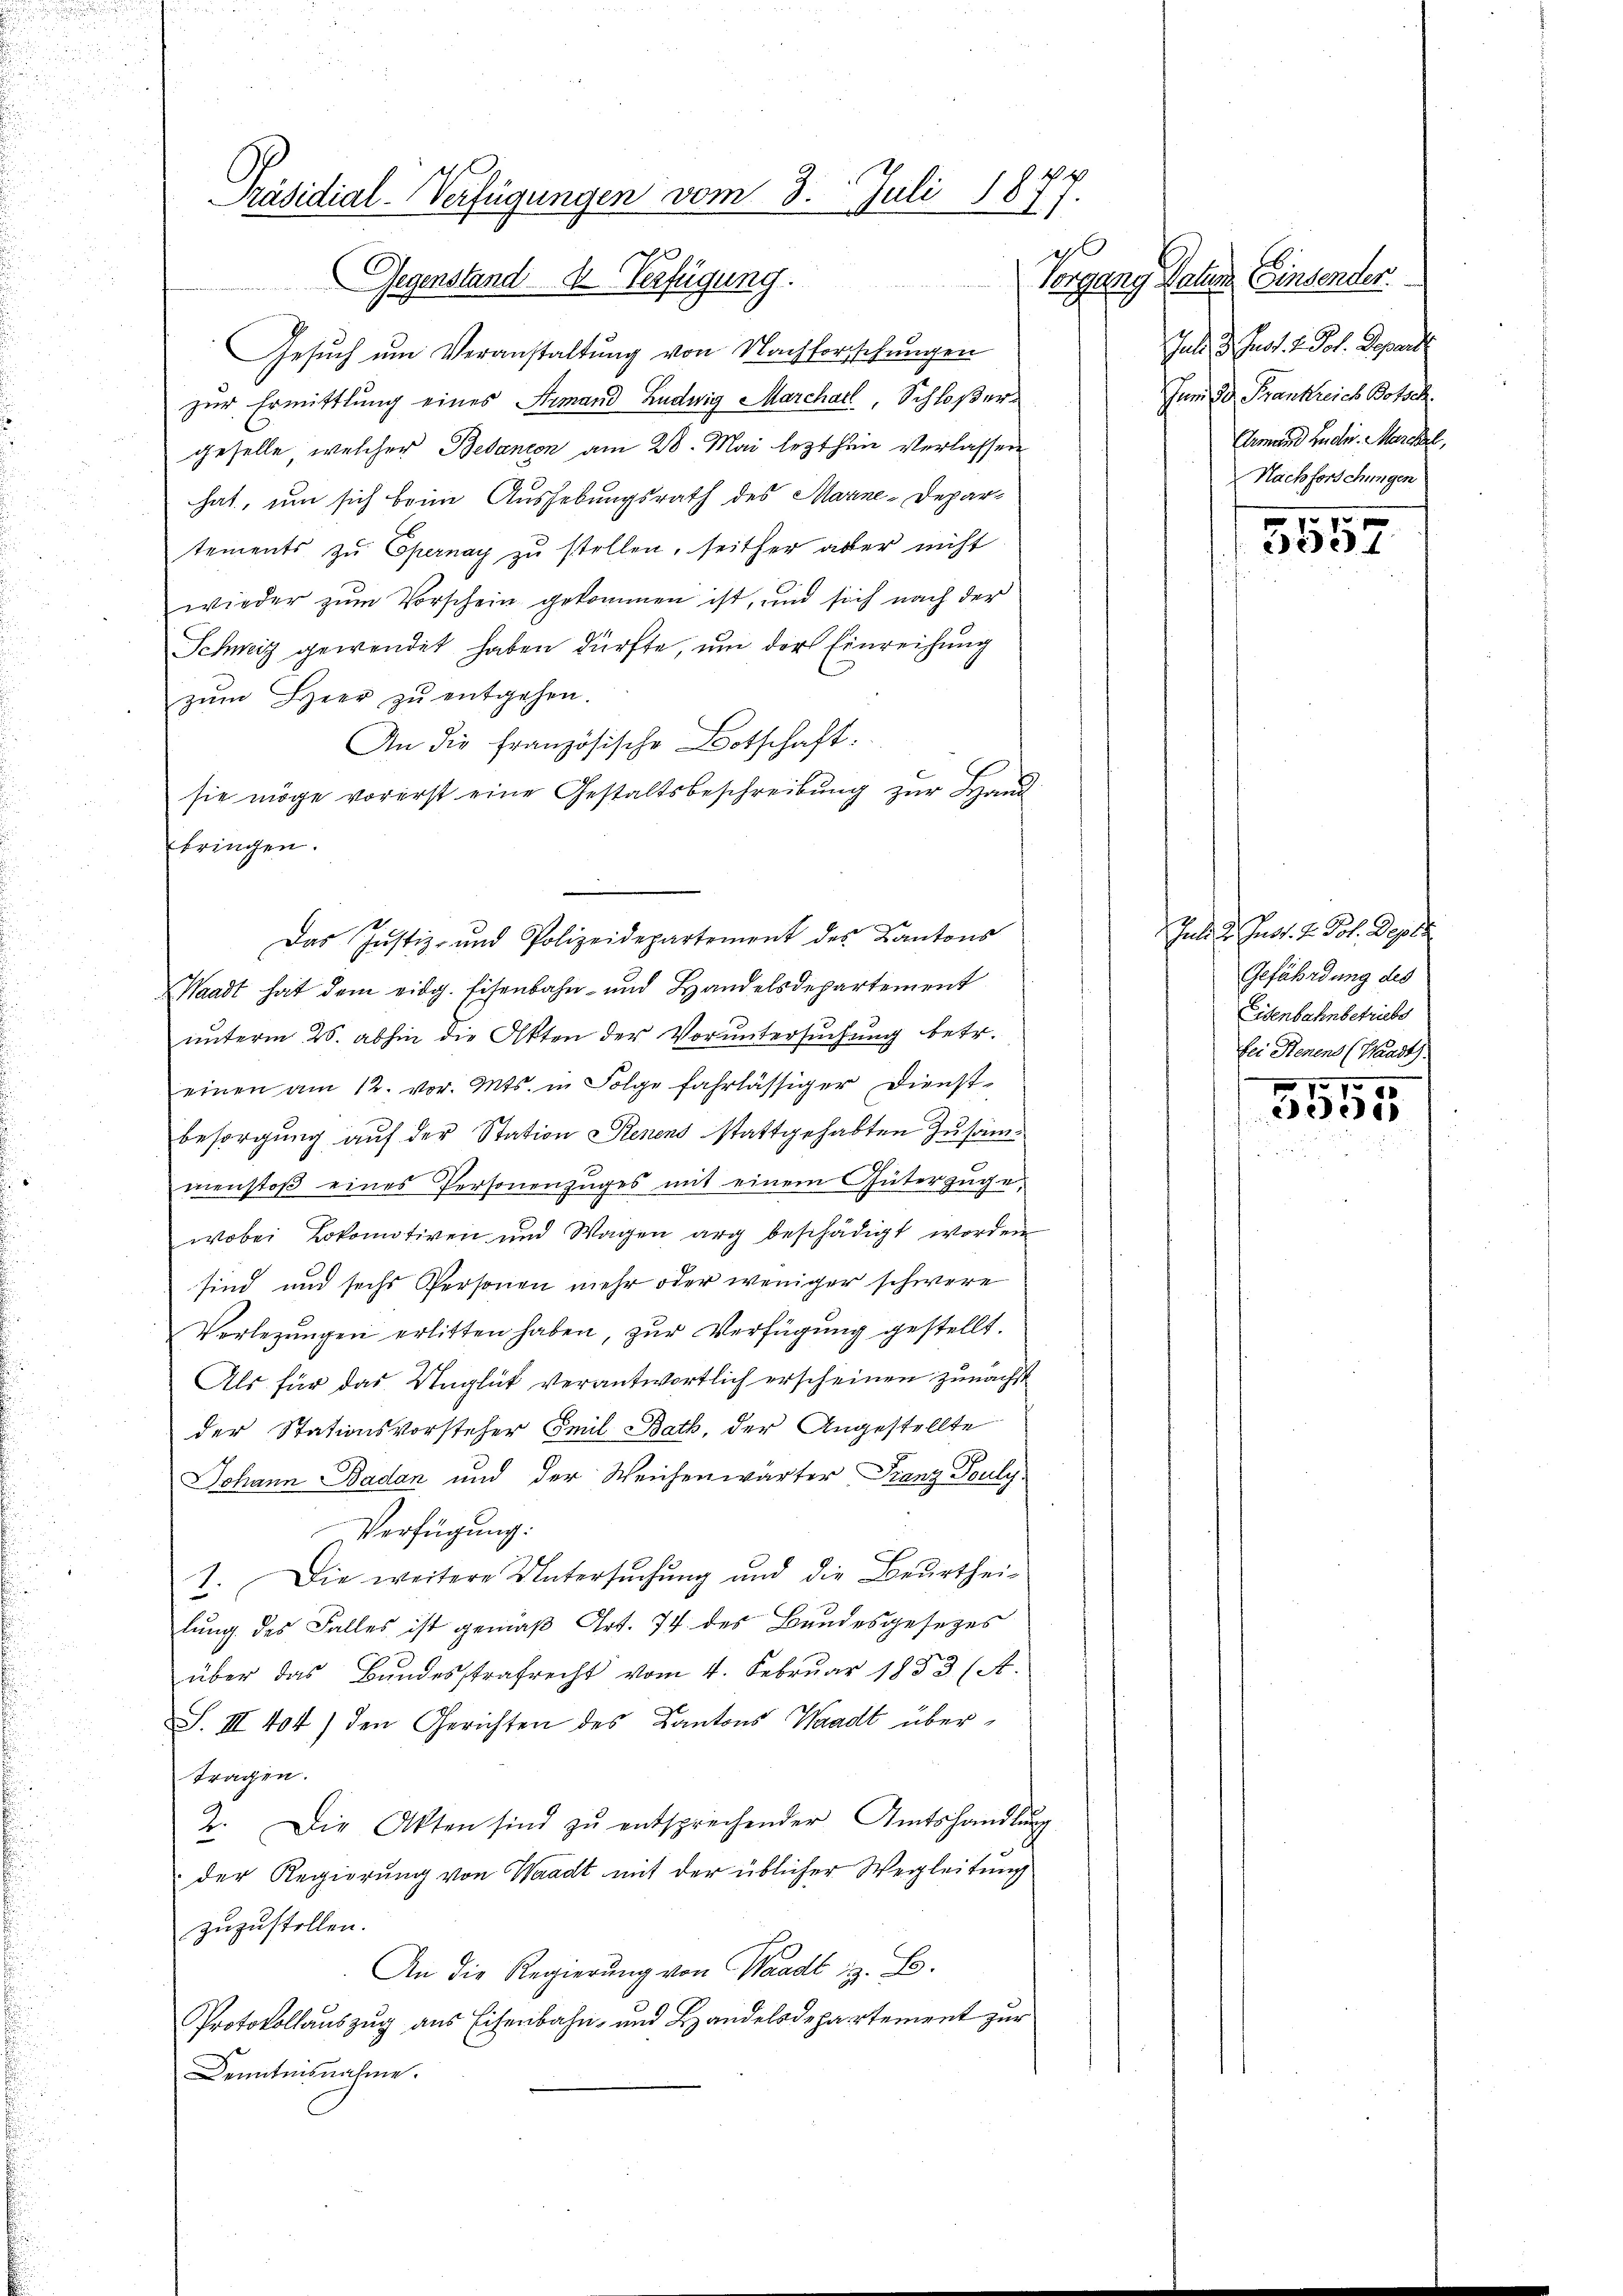
Gegenstand der Verfügung.
Gesŭch ŭm Veranstaltung von Nachforschungen
zur Ermittlung eines Niemand Ludwig Marcharl, Schloßergeselle, welcher Bedanien am 28. Mai lezthin verlassen
hat, um sich beim Aushebungsrath des Marne-Departements zu Opernay zu stellen, seither aber nicht
wieder zum Vorschein gekommen ist, und sich nach der
Schweiz gewendet haben dürfte, um der Einreichung
zum Herr zu entgehen.
An die französische Botschaft.
sie möge vorerst eine Gestaltsbeschreibung zur Hand
bringen.
Waadt hat dem eidg. Eisenbahn- und Handelsdepartement
unterm 26. abhin die Akten der Voruntersuchung betr.
einen am 12. vor. Mts. in Folge fahrlässiger Dienst-
besorgung auf der Station Renens stattgehabten Zusammenstoβ eines Personenzŭges mit einem Güterzüge,
wobei Lokomotiven und Wagen arg beschädigt worden
sind und sechs Personen mehr oder weniger schwere
Verlegungen erlitten haben, zur Verfügung gestellt.
Als für das Unglück verantwortlich erscheinen zunächst
der Stationsvorsteher Emil Bath, der Angestellte
Johann Baden und der Weichenwärter Franz Fouly
Verfügung:
1. Die weitere Untersŭchŭng und die Beurthei-
lung des Falles ist gemäß Art. 74 des Bundesgesezes
über das Bundesstrafrecht vom 4. Februar 1883 (A.
S. III 404) den Gerichten des Kantons Waadt übertragen.
2. Die Akten sind zŭ entsprechender Amtshandlŭng
der Regierung von Waadt mit der üblicher Wegleitung
zuzustellen.
An die Regierung von Waadt z. B.
Protokollauszug aus Eisenbahn- und Landelsdepartement zur
Denitesnahme.

Präsidial-Verfügungen vom 3. Juli 187
C

Das Justiz- und Polizeidepartement des Kantons

Vorgang Naturm Einsender.
Ind 3. Just. 2. Joh. Depar
Jum Dr. Frankreich Botsch.
Armand Luder. Marchel,
Nachforschungen

5557

Juni l. Jett. d. Pot. Depar
Gefährdung des
Eisenbahnbetriebs
bei Renens (Waadt.
770

30e